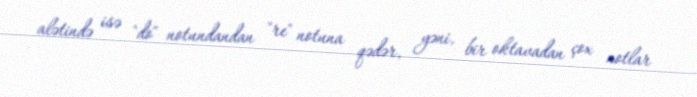
alətində isə "do" notundandan "re" notuna qədər, yəni, bir oktavadan çox notlar